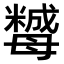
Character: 𣫿